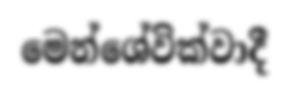
මෙන්ශේවික්වාදී